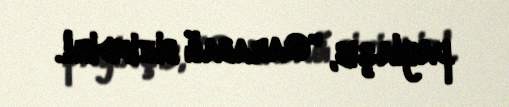
paylaşıb, "Qarabağ bizimdir!.